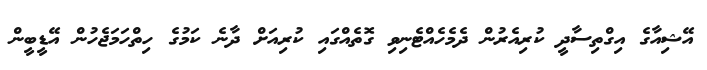
އޭޝިއާގެ އިގްތިސާދީ ކުރިއެރުން ދެމެހެއްޓެނިވި ގޮތެއްގައި ކުރިއަށް ދާނެ ކަމުގެ ހިތްހަމަޖެހުން އޭޑީބީން